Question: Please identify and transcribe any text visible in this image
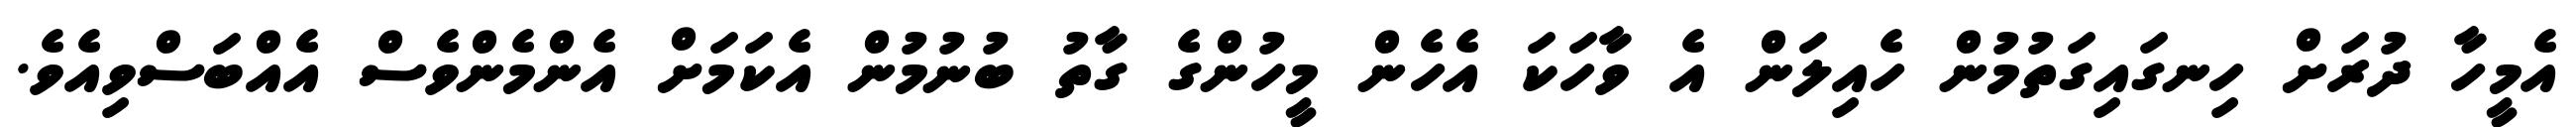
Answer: އެމީހާ ދުރަށް ހިނގައިގަތުމުން ހެއިލަން އެ ވާހަކަ އެހެން މީހުންގެ ގާތު ބުނުމުން އެކަމަށް އެންމެންވެސް އެއްބަސްވިއެވެ.